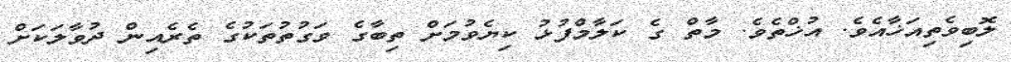
ލޮބިވެތިއަޚާއެވެ. އުޚްތެވެ. މާތް ގެ ކަލާމްފުޅު ކިޔެވުމަށް ތިބާގެ ވަގުތުތަކުގެ ތެރެއިން ދުވާލަކަށް